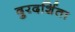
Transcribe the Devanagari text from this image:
दुरदर्शिता